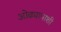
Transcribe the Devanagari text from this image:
ओढ्यापाशी